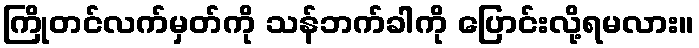
ကြိုတင်လက်မှတ်ကို သန်ဘက်ခါကို ပြောင်းလို့ရမလား။